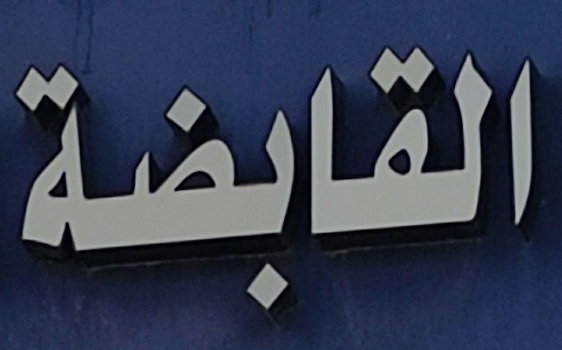
القابضة